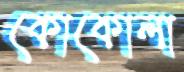
কোকোলা